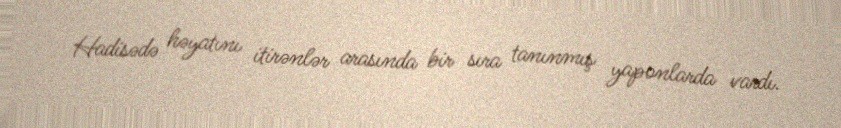
Hadisədə həyatını itirənlər arasında bir sıra tanınmış yaponlarda vardı.